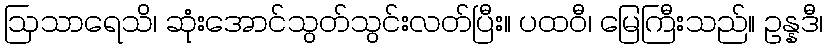
ဩသာရေသိ၊ ဆုံးအောင်သွတ်သွင်းလတ်ပြီး။ ပထဝီ၊ မြေကြီးသည်။ ဥန္နဒီ၊